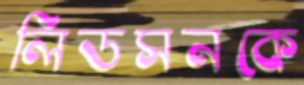
লিডসনকে